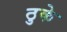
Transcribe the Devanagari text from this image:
ठुके